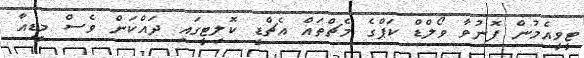
ޓީވީއެމުން ފޮނުވާ ވޯލްޑް ކަޕްގެ މެޗްތައް އެޗްޑީ ކޮލިޓީގައި ދައްކަން ވެސް މީޑިއާ